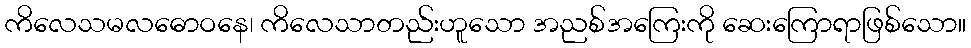
ကိလေသမလဓောဝနေ၊ ကိလေသာတည်းဟူသော အညစ်အကြေးကို ဆေးကြောရာဖြစ်သော။